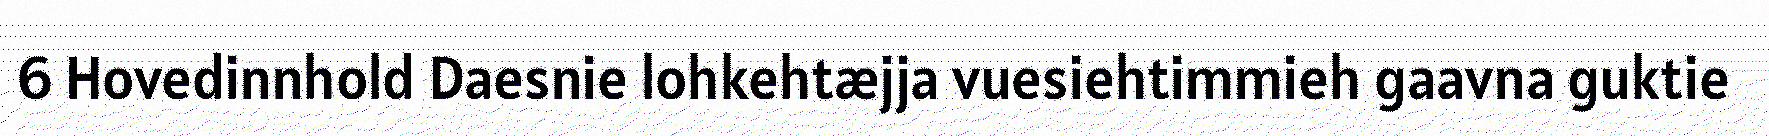
6 Hovedinnhold Daesnie lohkehtæjja vuesiehtimmieh gaavna guktie